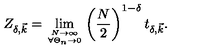
Z _ { \delta , \vec { k } } = \lim _ { { N \to \infty } \atop { \forall \Theta _ { n } \rightarrow 0 } } \left( \frac { N } { 2 } \right) ^ { 1 - \delta } t _ { \delta , \vec { k } } .